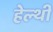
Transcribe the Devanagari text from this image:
हेल्थी